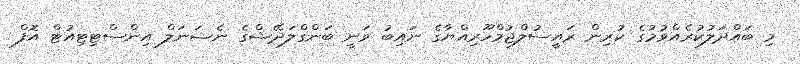
މި ބައްދަލުކުރެއްވުމުގެ ކުރިން ރައީސުލްޖުމްހޫރިއްޔާގެ ނައިބު ވަނީ ބަންގްލަދޭޝްގެ ނެޝަނަލް އިންސްޓިޓިއުޓް އޮފް